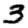
Digit: 3